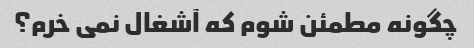
چگونه مطمئن شوم که آشغال نمی خرم؟